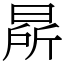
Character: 㫹